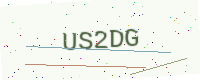
Text: US2DG